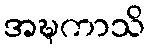
အဍ္ဎကာသိ